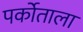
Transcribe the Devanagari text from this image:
पर्कोताला